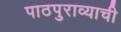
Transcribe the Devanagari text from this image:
पाठपुराव्याची